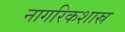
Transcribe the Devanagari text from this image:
नागरिकशास्र